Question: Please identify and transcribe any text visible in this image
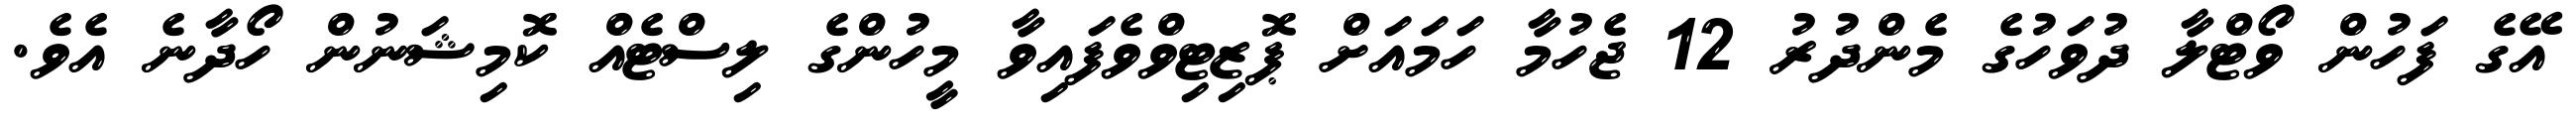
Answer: އޭގެ ފަހުން ވޯޓްލާ ދުވަހުގެ މެންދުރު 12 ޖެހުމާ ހަމައަށް ޕޮޒިޓިވްވެފައިވާ މީހުންގެ ލިސްޓެއް ކޮމިޝަނުން ހޯދާނެ އެވެ.